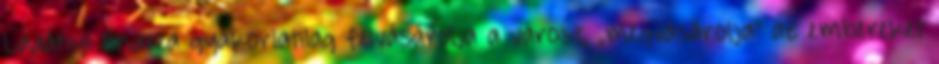
Ladányi Andrea gyakorlatilag felvásárolja a várost, „megvásárolja” az embereket